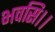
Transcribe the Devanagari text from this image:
भवसि।।